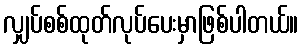
လျှပ်စစ်ထုတ်လုပ်ပေးမှာဖြစ်ပါတယ်။